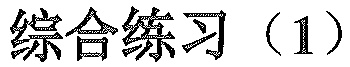
综合练习（1）